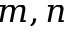
m , n